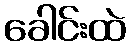
ခေါင်းထဲ